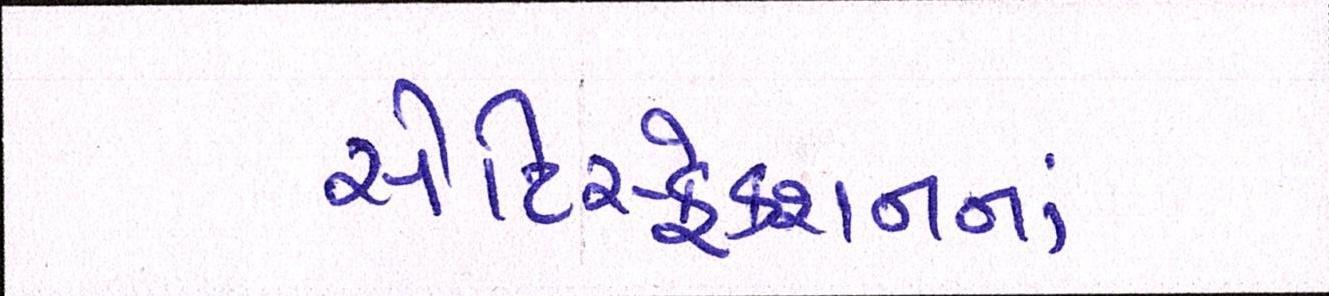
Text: સેટિસ્ફેક્શનનાં